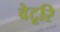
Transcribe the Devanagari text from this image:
वेटूरि